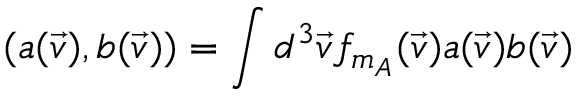
( a ( \vec { v } ) , b ( \vec { v } ) ) = \int d ^ { 3 } \vec { v } f _ { m _ { A } } ( \vec { v } ) a ( \vec { v } ) b ( \vec { v } )